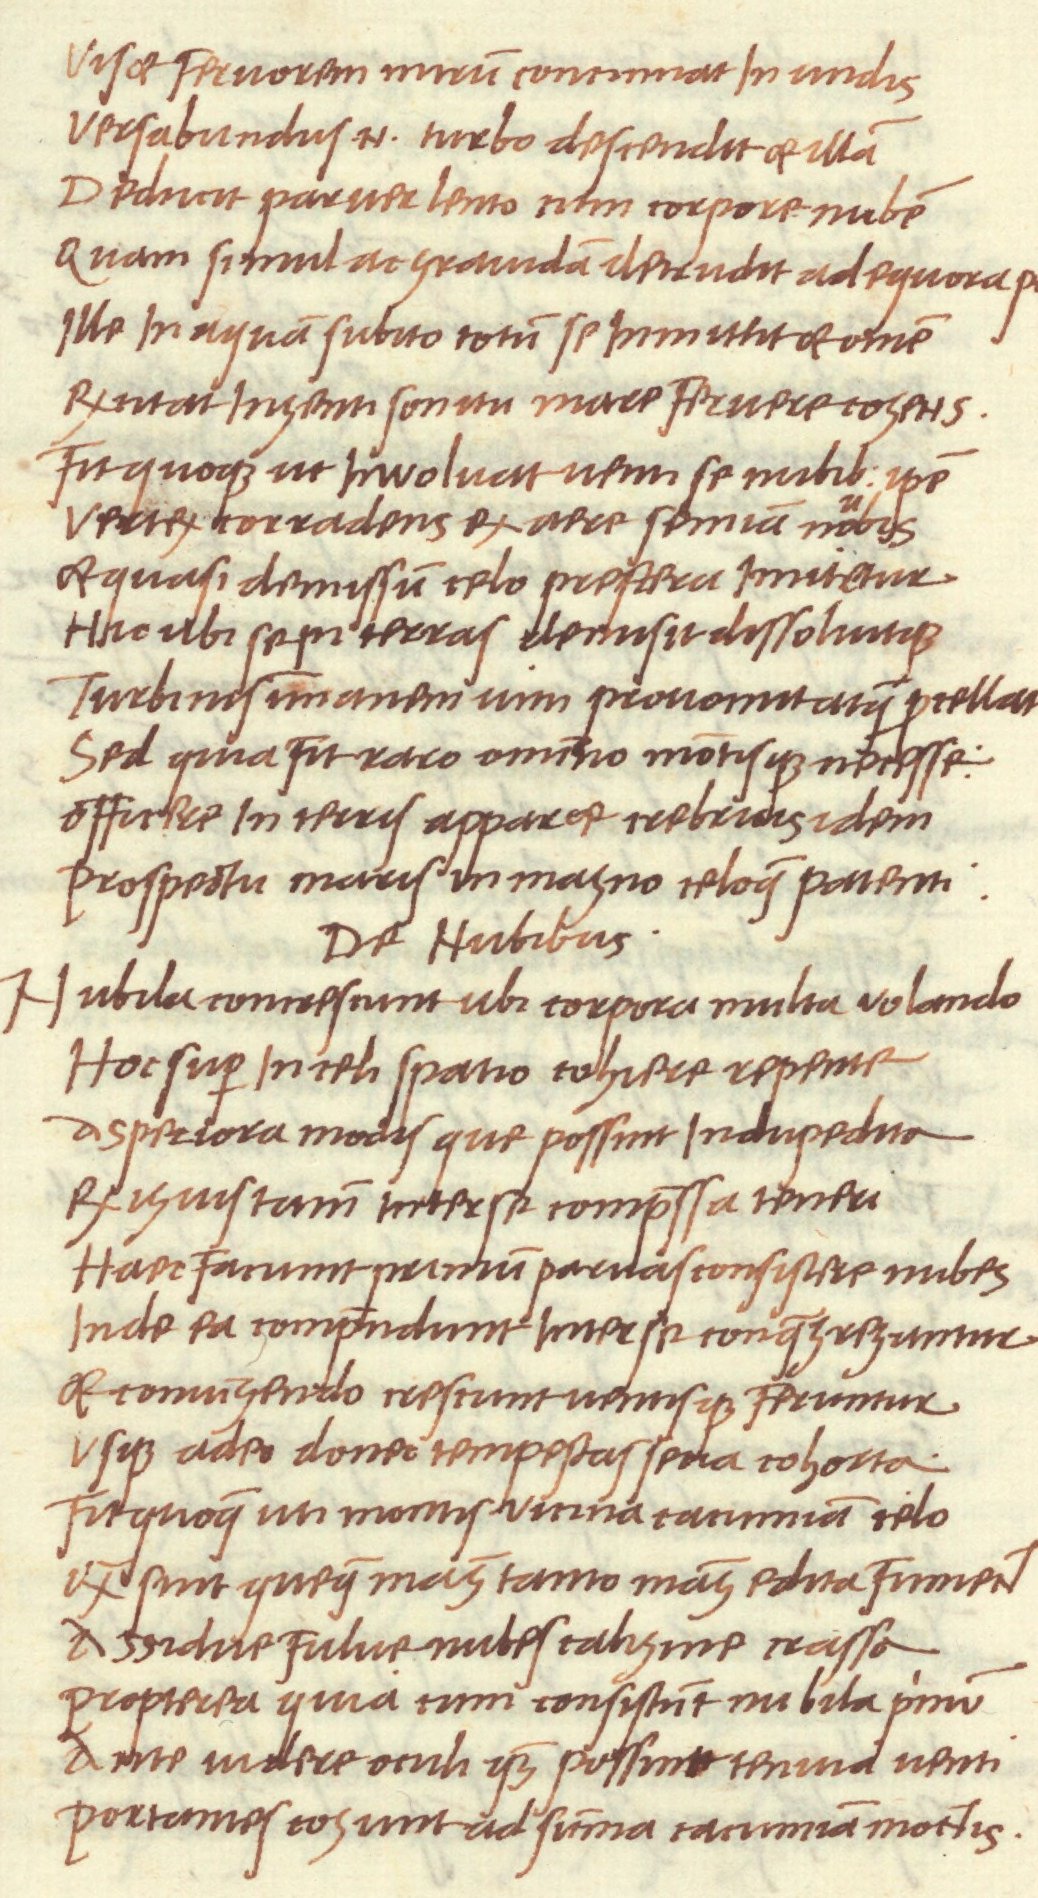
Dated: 1468–1469